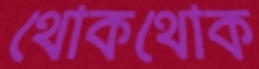
থোকথোক